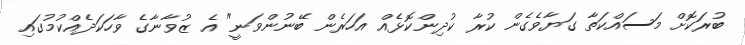
ބުރަކޮށް މަސައްކަތާ ގަޔާވެގެން ކުރާ ކުދިންކޮޅެއް އަހަރެން ބޭނުންވަނީ" އެ ޒުވާނާގެ ވާހަކަދެއްކުމުގައި